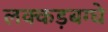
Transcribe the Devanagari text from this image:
लक्कड़बग्घे